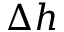
\Delta h